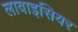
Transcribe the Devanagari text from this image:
लावाइसियर